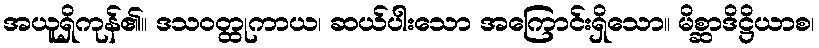
အယူရှိကုန်၏။ ဒသဝတ္ထုကာယ၊ ဆယ်ပါးသော အကြောင်းရှိသော။ မိစ္ဆာဒိဋ္ဌိယာစ၊